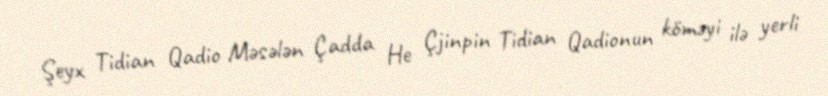
Şeyx Tidian Qadio Məsələn Çadda He Çjinpin Tidian Qadionun köməyi ilə yerli